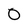
Character: O